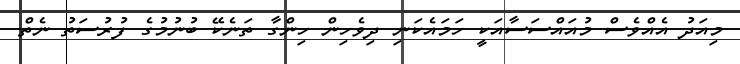
މިއަދު އެއްވެސް މުއައްސަސާއަކީ ހަމައެކަނި ދިވެހިން ހިންގާ ތަނެކޭ ބުނުމުގެ ފުރުސަތު ނެތް